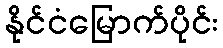
နိုင်ငံမြောက်ပိုင်း